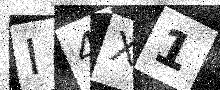
Text: I4X1